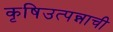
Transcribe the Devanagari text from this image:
कृषिउत्पन्नाची